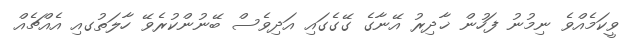
ވީކަމެއްވެ ނިމުނު ފަހުން ޚާދިރު އޭނާގެ ގޭގެގައި އަދިވެސް ބޭނުންކުރެވޭ ހާލަތުގއި އެއްޗެއް